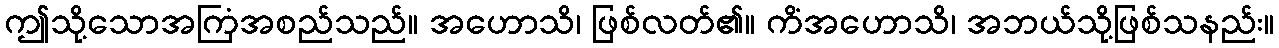
ဤသို့သောအကြံအစည်သည်။ အဟောသိ၊ ဖြစ်လတ်၏။ ကိံအဟောသိ၊ အဘယ်သို့ဖြစ်သနည်း။